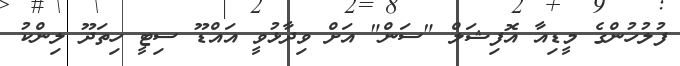
ފުލުހުންގެ މީޑިއާ އޮފިޝަލް "ސަން" އަށް ވިދާޅުވީ އައްޑޫ ސިޓީ ހިތަދޫ ލިންކު